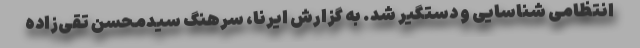
انتظامی شناسایی و دستگیر شد. به گزارش ایرنا، سرهنگ سیدمحسن تقی‌زاده